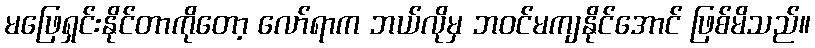
မဖြေရှင်းနိုင်တာကိုတော့ လော်ရာက ဘယ်လိုမှ ဘဝင်မကျနိုင်အောင် ဖြစ်မိသည်။